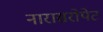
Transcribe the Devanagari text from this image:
नारासरोपेट